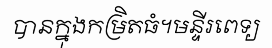
បានក្នុងកម្រិតធំ។មន្ទីរពេទ្យ